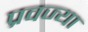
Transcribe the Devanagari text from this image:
प्रवज्या